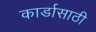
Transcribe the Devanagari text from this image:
कार्डासाठी